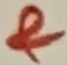
Text: &